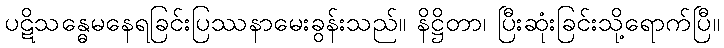
ပဋိသန္ဓေမနေရခြင်းပြဿနာမေးခွန်းသည်။ နိဋ္ဌိတာ၊ ပြီးဆုံးခြင်းသို့ရောက်ပြီ။